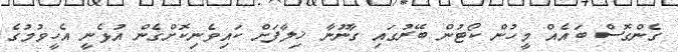
ގެންގޮސް ބައެއް މީހުން ކޯޓުން ބޭރުގައި ގާނޫނާ ޚިލާފަށް ކައިވެނިކޮށްގެން އުޅެނީ އެހީވުމުގެ